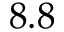
8 . 8